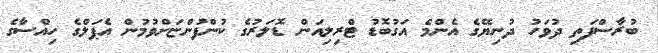
ބުރާސްފަތި ދުވަހު ދުނިޔޭގެ އެންމެ އަގުބޮޑު ޓްރިލިއަން ޑޮލަރުގެ ކުންފުންޏަށްވުމުން އެޕަލްގެ ހިއްސާގެ